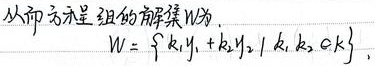
从而方程组的解解集 \(W\)为：
\[W = \{ k_{1}y_{1} + k_{2}y_{2} \mid k_{1}, k_{2} \in \mathbf{k} \}.\]